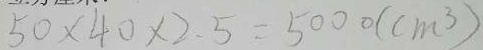
5 0 \times 4 0 \times 2 . 5 = 5 0 0 0 ( c m ^ { 3 } )